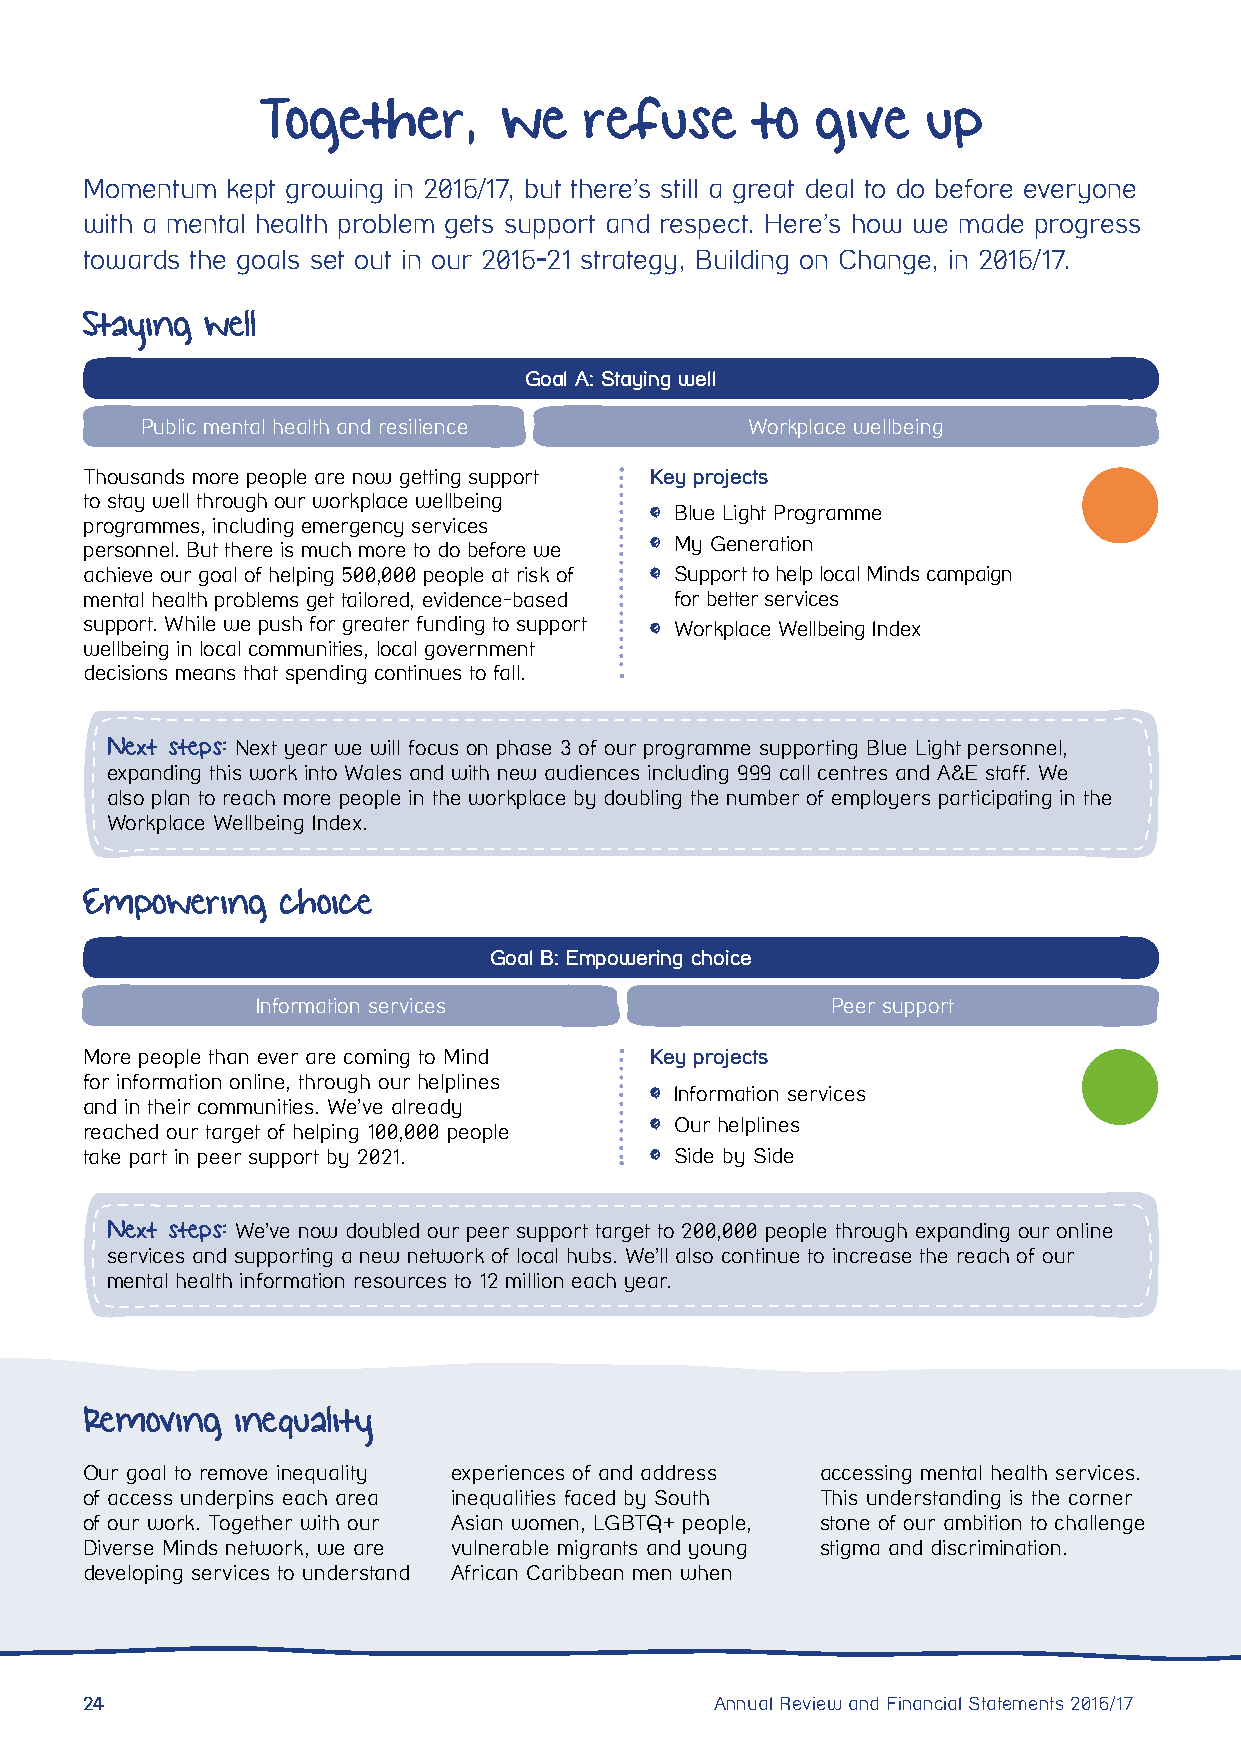
Together,       we    refuse     to  give   up
 Momentum kept growing in 2016/17, but there’s still a great deal to do before everyone
 with a mental health problem gets support and respect. Here’s how we made progress
 towards the goals set out in our 2016-21 strategy, Building on Change, in 2016/17.
 Staying  well
 Goal A: Staying well
 Public mental health and resilience     Workplace wellbeing
 Thousands more people are now getting support Key projects
 to stay well through our workplace wellbeing
 Blue Light Programme
 programmes, including emergency services
 My Generation
 personnel. But there is much more to do before we
 achieve our goal of helping 500,000 people at risk of Support to help local Minds campaign
 mental health problems get tailored, evidence-based for better services
 support. While we push for greater funding to support Workplace Wellbeing Index
 wellbeing in local communities, local government
 decisions means that spending continues to fall.
 Next steps: Next year we will focus on phase 3 of our programme supporting Blue Light personnel,
 expanding this work into Wales and with new audiences including 999 call centres and A&E staff. We
 also plan to reach more people in the workplace by doubling the number of employers participating in the
 Workplace Wellbeing Index.
 Empowering   choice
 Goal B: Empowering choice
 Information services                  Peer support
 More people than ever are coming to Mind Key projects
 for information online, through our helplines
 Information services
 and in their communities. We’ve already
 Our helplines
 reached our target of helping 100,000 people
 take part in peer support by 2021.     Side by Side
 Next steps: We’ve now doubled our peer support target to 200,000 people through expanding our online
 services and supporting a new network of local hubs. We’ll also continue to increase the reach of our
 mental health information resources to 12 million each year.
 Removing   inequality
 Our goal to remove inequality experiences of and address accessing mental health services.
 of access underpins each area inequalities faced by South This understanding is the corner
 of our work. Together with our Asian women, LGBTQ+ people, stone of our ambition to challenge
 Diverse Minds network, we are vulnerable migrants and young stigma and discrimination.
 developing services to understand African Caribbean men when
 24                                        Annual Review and Financial Statements 2016/17